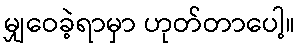
မျှဝေခဲ့ရာမှာ ဟုတ်တာပေါ့။